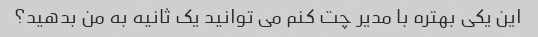
این یکی بهتره با مدیر چت کنم می توانید یک ثانیه به من بدهید؟